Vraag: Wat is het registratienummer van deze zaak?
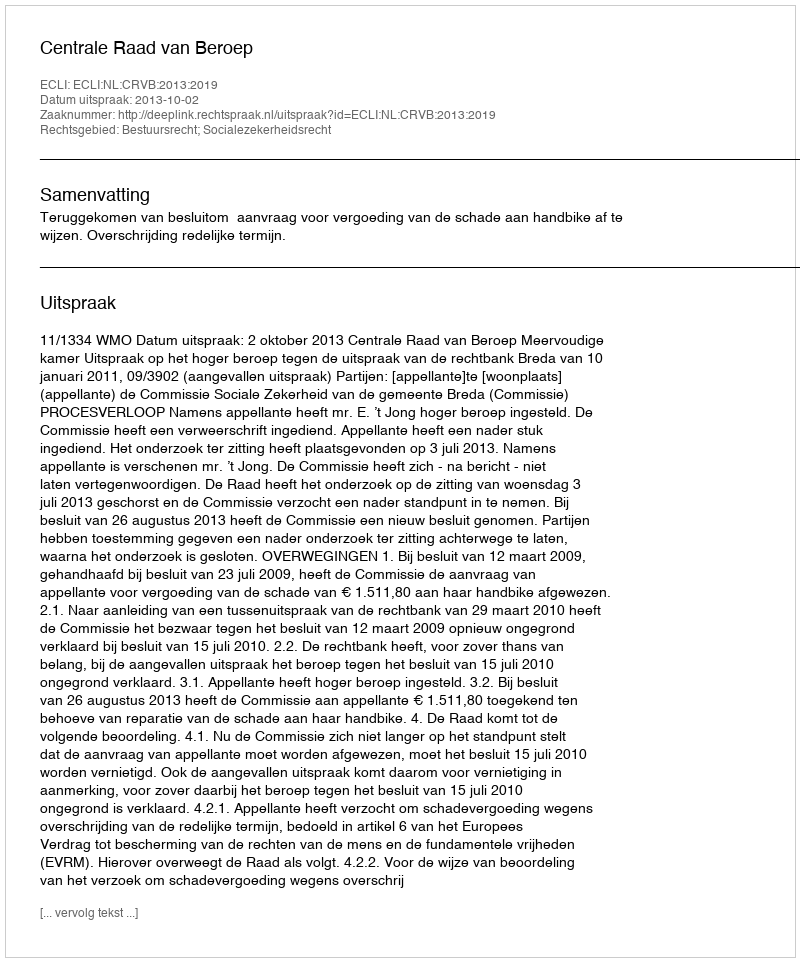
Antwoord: http://deeplink.rechtspraak.nl/uitspraak?id=ECLI:NL:CRVB:2013:2019